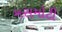
મસમોટી